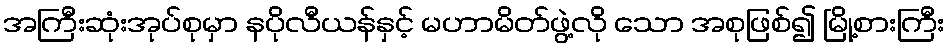
အကြီးဆုံးအုပ်စုမှာ နပိုလီယန်နှင့် မဟာမိတ်ဖွဲ့လို သော အစုဖြစ်၍ မြို့စားကြီး